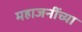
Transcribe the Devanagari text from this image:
महाजनींच्या